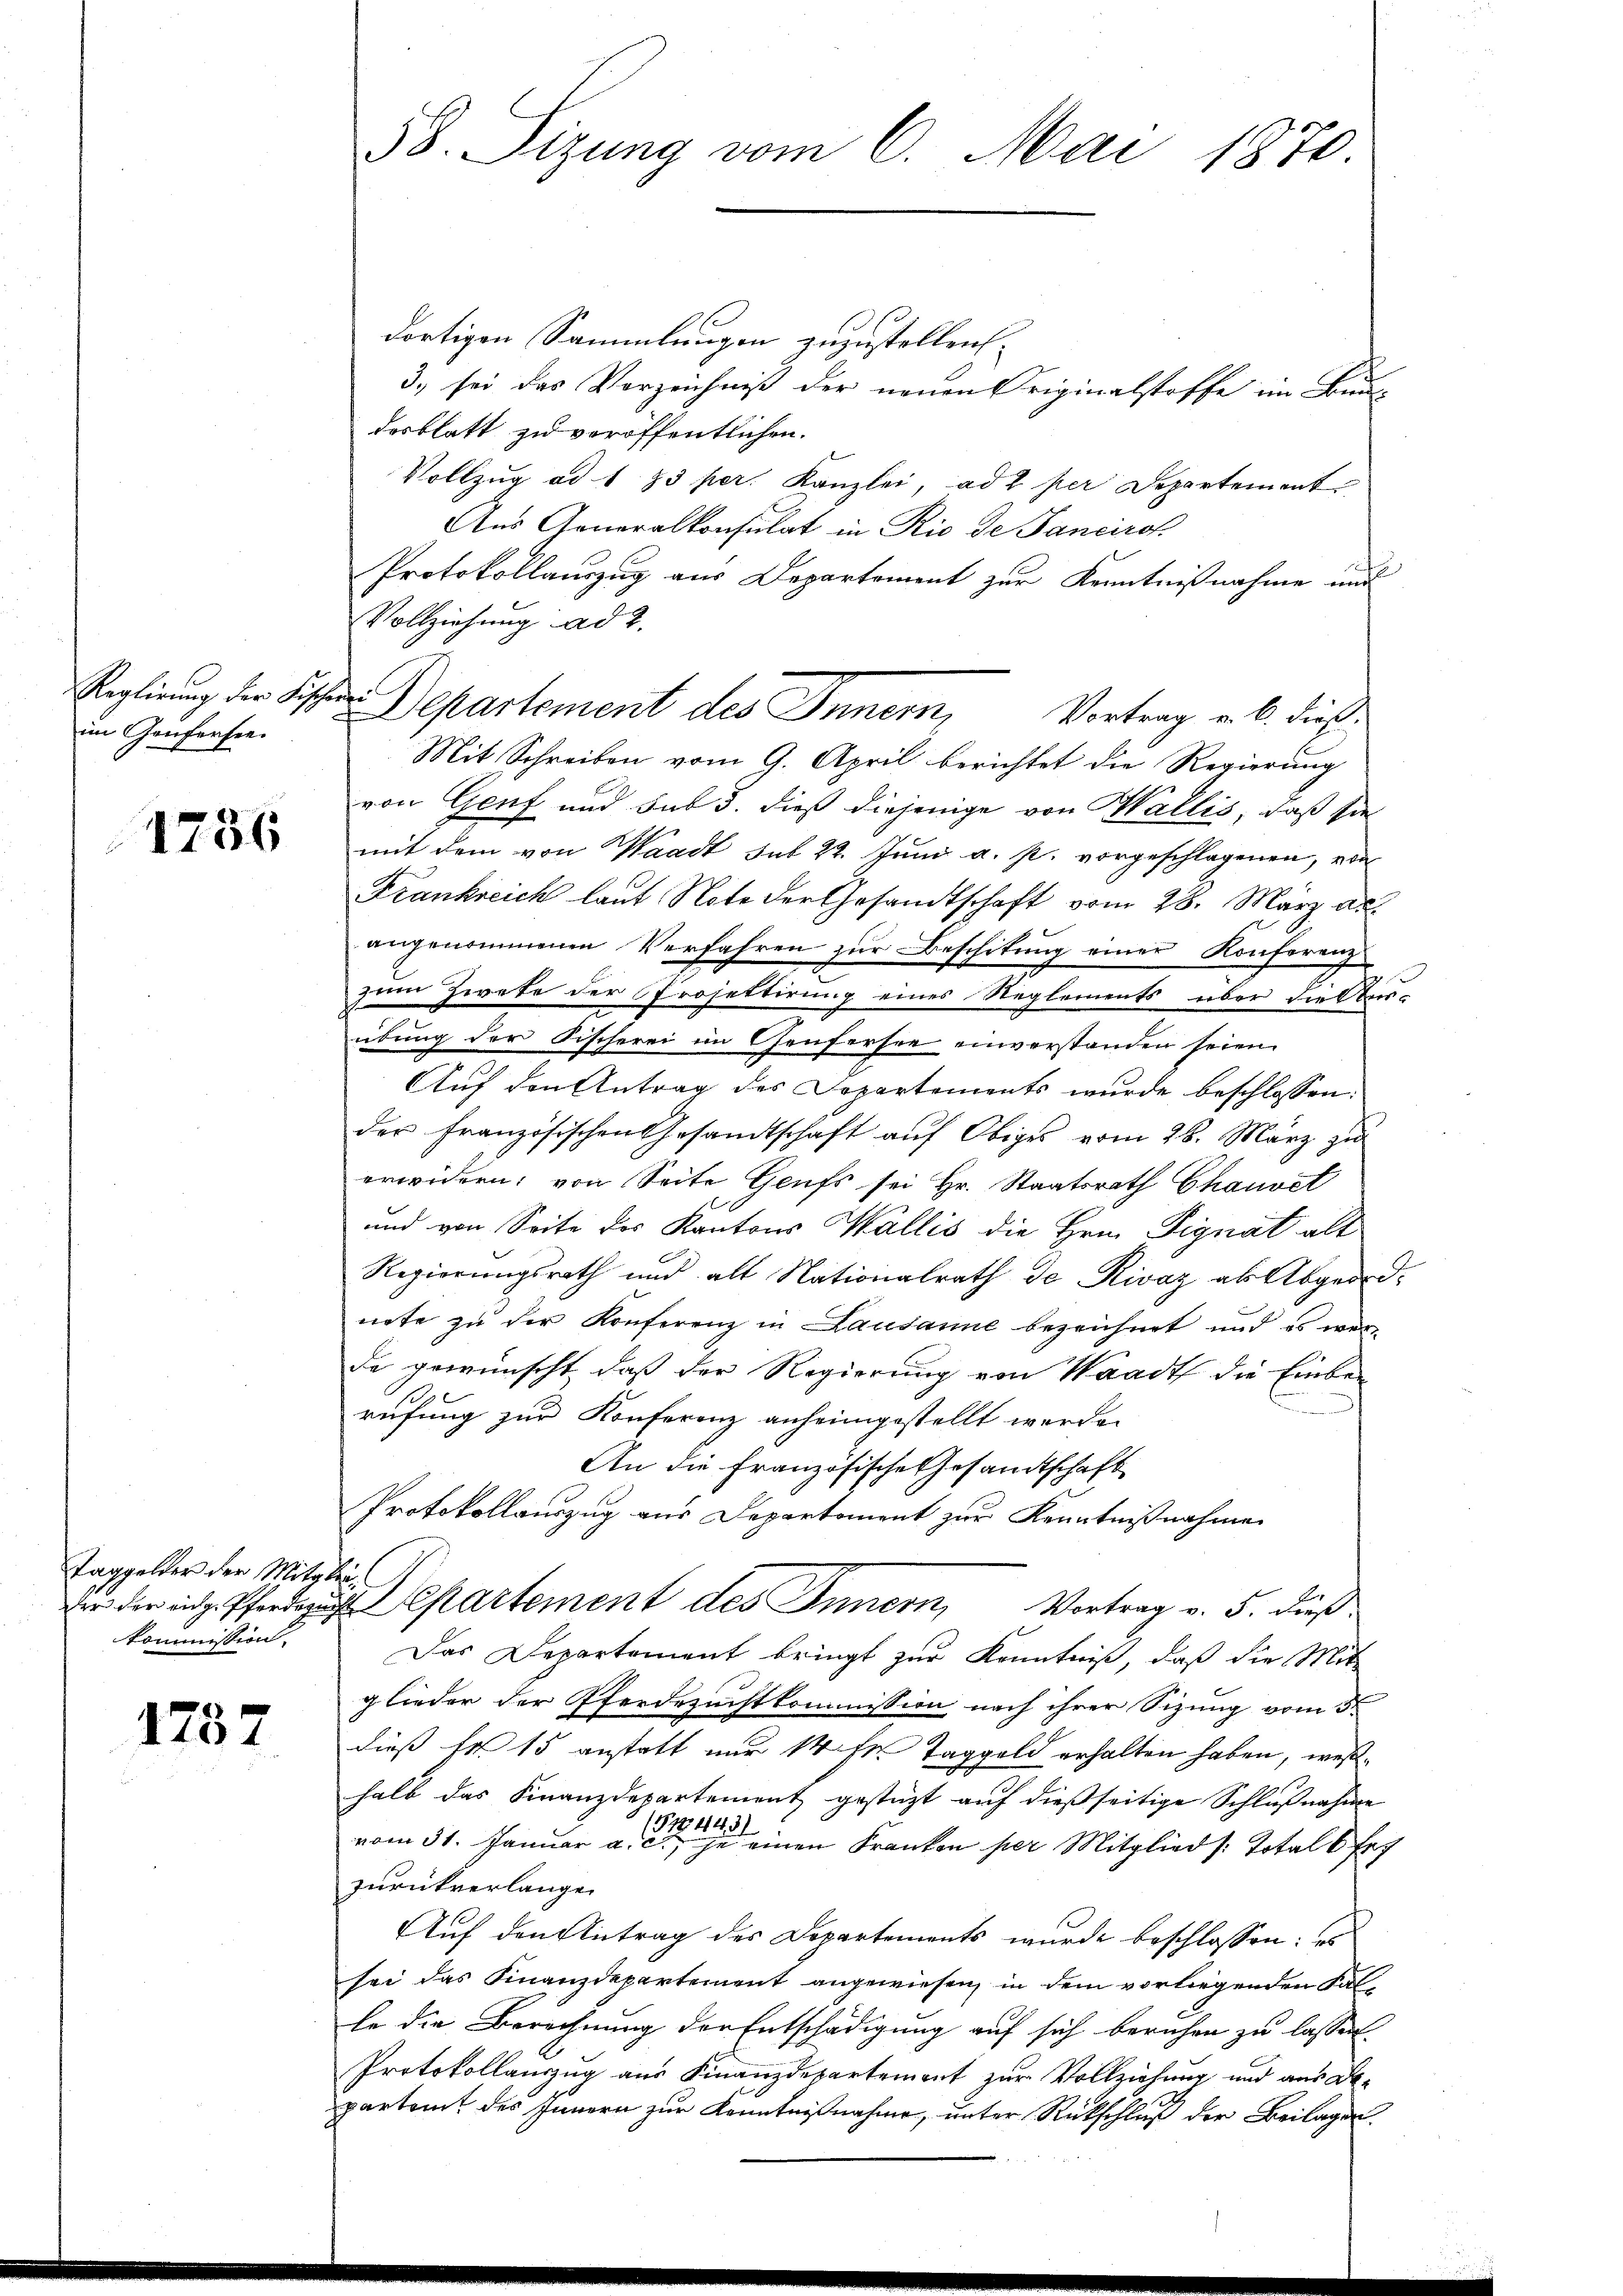
Reglirung der Fischere
im Genfersee.

1736

Taggelder der Mitglei¬
Kommission.

1787

dortigen Sammlungen zuzustellen.
3) sei das Vorzeichniß der neuen Originalstoffe im Bun-
desblatt zu veröffentlichen.
Vollzug ad 1. 33 per. Kanzlei, ad 1 per Departement
Aus Generalkonsulat in Rio de Tancirok
Protokollauszug aus Departement zur Kenntnißnahme und
Vollziehung ad 2.
Departement des Innern,
Vortrag u. b. dieß.
Mit Schreiben vom 9. April berichtet die Regierung
von Genf und sub 3. dieß diejenige von Wallis, daß sie
mit dem von Waadt sub 22. Juni a. p. vorgeschlagenen, von
Frankreich laut Note der Gesandtschaft vom 28. März a.
angenommenen Verfahren zur Beschikung einer Konferenz
zum Zwete der Projettirung eines Reglements, über die Ausübung der Fischerei im Genfersee einverstanden seien.
Auf den Antrag des Dopartements wurde beschlossen:
der französischen Gesandtschaft auf Obiges vom 28. März zu
erwidern, von Seite Grufs sei Hr. Staatsrath Chauvet
und von Seite des Kantons Wallis die Hrn. Signat alt
Regierungsrath und alt Nationalrath de Rivaz als Abgeordnote zu der Konferenz in Lausanne bezeichnet und es wer-
de gewünscht, daß der Regierung von Waadt die Einbe-
.
rufung zur Konferenz anheimgestellt werde.
An die Französische Gesandtschaft
Protokollauszug aus Departement zur Kenntnißnahmen
epartement des Innern, Vortrag v. 5. dieß.
Das Departement bringt zur Kenntniß, daß die Mit
glieder der Pferdezuchtkommission nach ihrer Sitzung vom 3ten
dieß fr. 15 anstatt nur 14 Fr. Taggeld erhalten haben, weßhalb das Finanzdepartement gestützt auf dießseitige Schlußnahme
S 44
vom 31. Januar a. c. einen Franken per Mitglied /: Total 6 Fr
zurückverlangen
Auf den Antrag des Departements wurde beschlossen: es
sei das Finanzdepartement angewiesen, in dem vorliegenden Falle die Berechnung der Entschädigung auf sich beruhen zu lassen.
Protokollauszug aus Finanzdepartement zur Vollziehung und aus De-
parteit des Innern zur Kenntnißnahme, unter Rückschluß der Beilagen.

58. Sizung vom 6. Mai 1870.